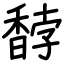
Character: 馞